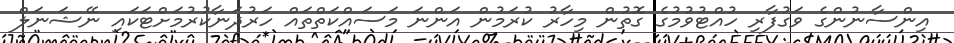
އިންސާނުންގެ ވަގުފާރި ހުއްޓުވުމުގެ ގޮތުން މިހާރު ކުރަމުން އަންނަ މަސައްކަތްތައް ހަރުދަނާކުރުމަށްޓަކައި ނޭޝަނަލް